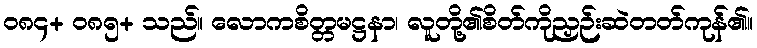
၀၈၄+ ၀၈၅+ သည်။ လောကစိတ္တမဋ္ဌနာ၊ လူတို့၏စိတ်ကိုညှဉ်းဆဲတတ်ကုန်၏။